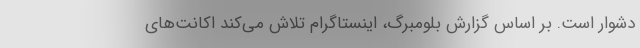
دشوار است. بر اساس گزارش بلومبرگ، اینستاگرام تلاش می‌کند اکانت‌های